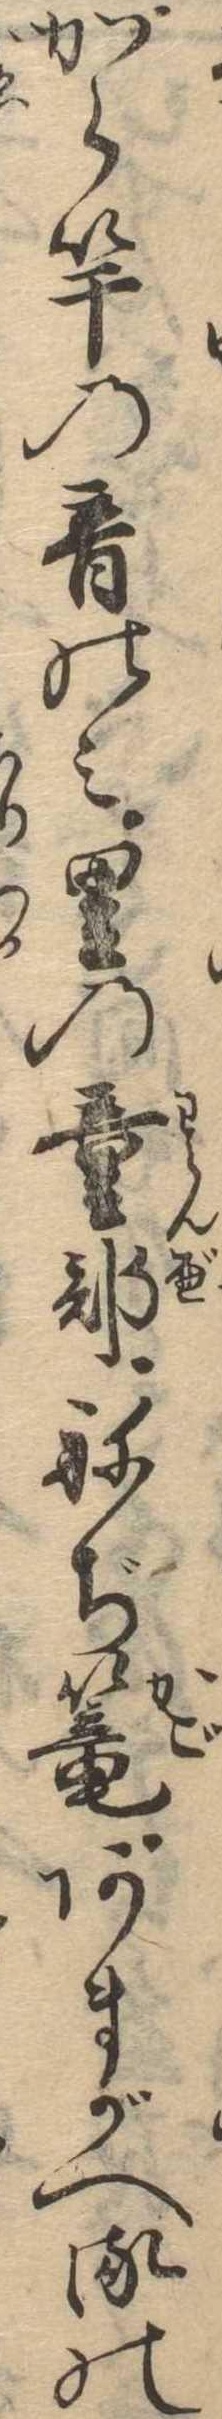
から竿の音のみ里の童部ねぢ篭あまがへるの